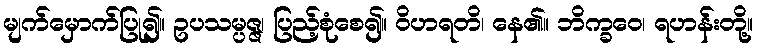
မျက်မှောက်ပြု၍။ ဥပသမ္ပဇ္ဇ၊ ပြည့်စုံစေ၍။ ဝိဟရတိ၊ နေ၏။ ဘိက္ခဝေ၊ ရဟန်းတို့။